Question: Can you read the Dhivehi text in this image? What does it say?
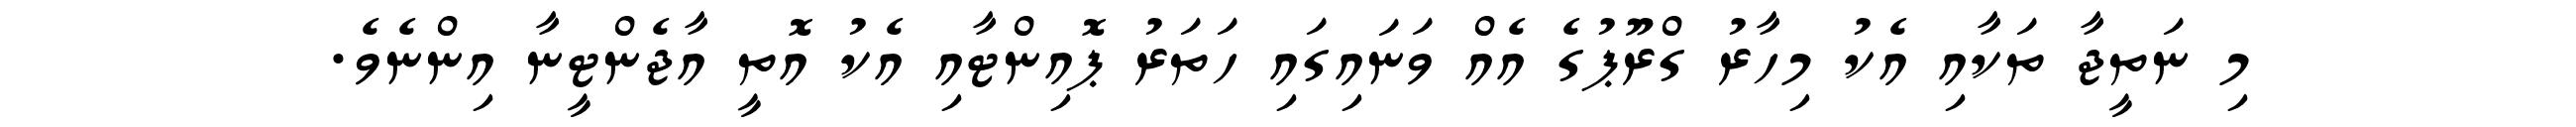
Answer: މި ނަތީޖާ ތަކާއި އެކު މިހާރު ގްރޫޕުގެ އެއް ވަނައިގައި ހަތަރު ޕޮއިންޓާއި އެކު އޮތީ އާޖެންޓީނާ އިންނެވެ.